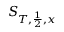
S _ { T , \frac { 1 } { 2 } , x }